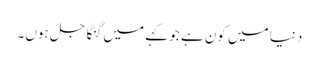
دنیا میں کون ہے جو کہے میں گنگا جل ہوں۔